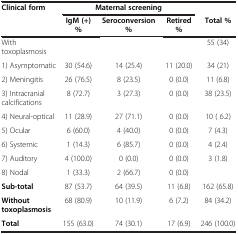
<table><thead><tr><td rowspan="2"><b>Clinical form</b></td><td colspan="3"><b>Maternal screening</b></td><td><b> </b></td></tr><tr><td><b>IgM (+) %</b></td><td><b>Seroconversion %</b></td><td><b>Retired %</b></td><td><b>Total %</b></td></tr></thead><tbody><tr><td>With toxoplasmosis</td><td> </td><td> </td><td> </td><td>55 (34)</td></tr><tr><td>1) Asymptomatic</td><td>30 (54.6)</td><td>14 (25.4)</td><td>11 (20.0)</td><td>34 (21)</td></tr><tr><td>2) Meningitis</td><td>26 (76.5)</td><td>8 (23.5)</td><td>0 (0.0)</td><td>11 (6.8)</td></tr><tr><td>3) Intracranial calcifications</td><td>8 (72.7)</td><td>3 (27.3)</td><td>0 (0.0)</td><td>38 (23.5)</td></tr><tr><td>4) Neural-optical</td><td>11 (28.9)</td><td>27 (71.1)</td><td>0 (0.0)</td><td>10 ( 6.2)</td></tr><tr><td>5) Ocular</td><td>6 (60.0)</td><td>4 (40.0)</td><td>0 (0.0)</td><td>7 (4.3)</td></tr><tr><td>6) Systemic</td><td>1 (14.3)</td><td>6 (85.7)</td><td>0 (0.0)</td><td>4 (2.4)</td></tr><tr><td>7) Auditory</td><td>4 (100.0)</td><td>0 (0.0)</td><td>0 (0.0)</td><td>3 (1.8)</td></tr><tr><td>8) Nodal</td><td>1 (33.3)</td><td>2 (66.7)</td><td>0 (0.0)</td><td> </td></tr><tr><td><b>Sub-total</b></td><td>87 (53.7)</td><td>64 (39.5)</td><td>11 (6.8)</td><td>162 (65.8)</td></tr><tr><td><b>Without toxoplasmosis</b></td><td>68 (80.9)</td><td>10 (11.9)</td><td>6 (7.2)</td><td>84 (34.2)</td></tr><tr><td><b>Total</b></td><td>155 (63.0)</td><td>74 (30.1)</td><td>17 (6.9)</td><td>246 (100.0)</td></tr></tbody></table>